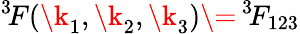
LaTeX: ^{3\! }F({\k_{1}},{\k_{2}},{\k_{3}})\= \, ^{3\! }{F}_{123}